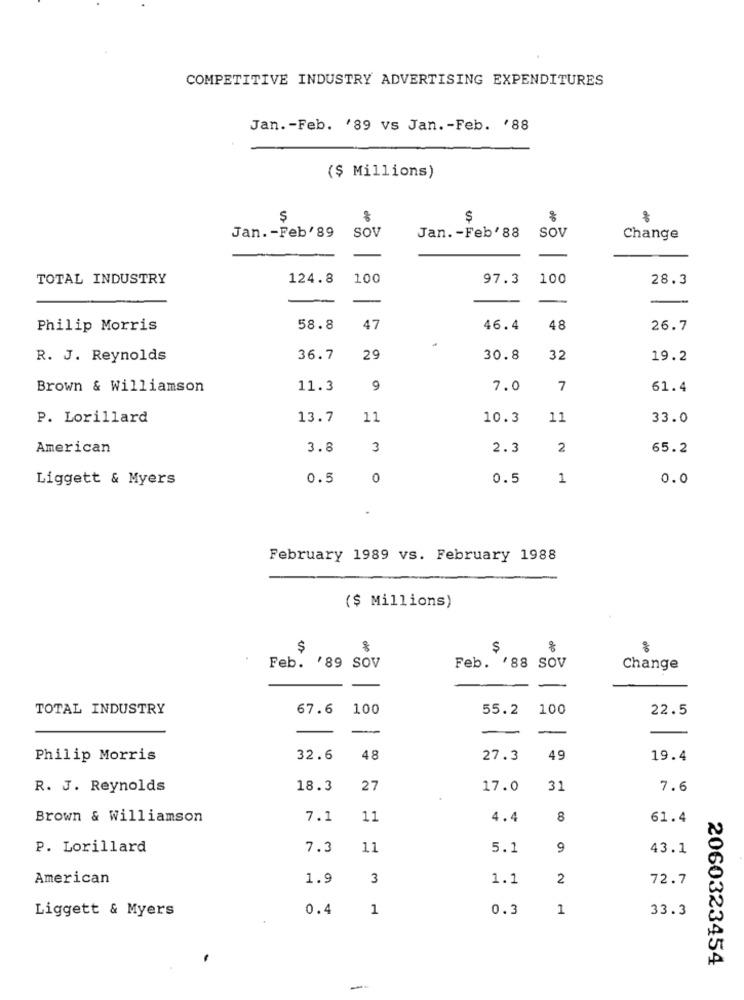
COMPETITIVE INDUSTRY ADVERTISING EXPENDITURES
Jan. - Feb. '89 vs Jan. - Feb. '88
($ Millions)
$
Jan .- Feb' 89
Jan. - Feb'88
SOV
SOV
Change
TOTAL INDUSTRY
124.8
100
97.3
100
28.3
Philip Morris
58.8
47
46.4
48
26.7
R. J. Reynolds
36.7
29
30.8
32
19.2
Brown & Williamson
11.3
9
7.0
7
61.4
P. Lorillard
13.7
11
10.3
11
33.0
American
3.8
3
2.3
2
65.2
Liggett & Myers
0.5
0
0.5
1
0.0
.
February 1989 vs. February 1988
($ Millions)
$
$
Feb. '89 SOV
Feb. '88 SOV
Change
-
TOTAL INDUSTRY
67.6
100
55.2
100
22.5
-
-
Philip Morris
32.6
48
27.3
49
19.4
R. J. Reynolds
18.3
27
17.0
31
7.6
Brown & Williamson
7.1
11
4.4
8
61.4
P. Lorillard
7.3
11
5.1
9
43.1
American
1.9
3
1.1
2
72.7
Liggett & Myers
0.4
1
0.3
1
33.3
2060323454